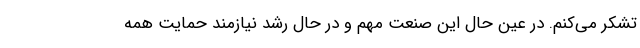
تشکر می‌کنم. در عین حال این صنعت مهم و در حال رشد نیازمند حمایت همه